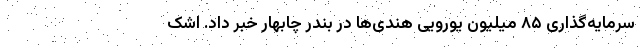
سرمایه‌گذاری ۸۵ میلیون یورویی هندی‌ها در بندر چابهار خبر داد. اشک